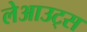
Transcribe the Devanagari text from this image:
लेआउट्स